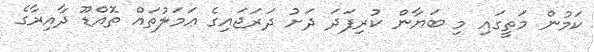
ކަމުން މަތީގައި މި ބަޔާން ކުރިފަދަ ދަށު ދަރަޖައިގެ ޢަމަލުތައް ތޮއްޑޫ ދާއިރާގެ